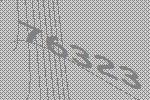
76323